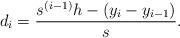
LaTeX: \begin{align*}d_{i}=\frac{s^{(i-1)}h-(y_i-y_{i-1})}{s}.\end{align*}